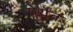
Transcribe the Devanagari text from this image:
पेर्येंत